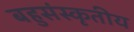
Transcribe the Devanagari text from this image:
बहुसंस्कृतीय